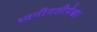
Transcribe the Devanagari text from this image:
ध्वनीगतीपेक्षा